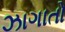
ઝાગાતો